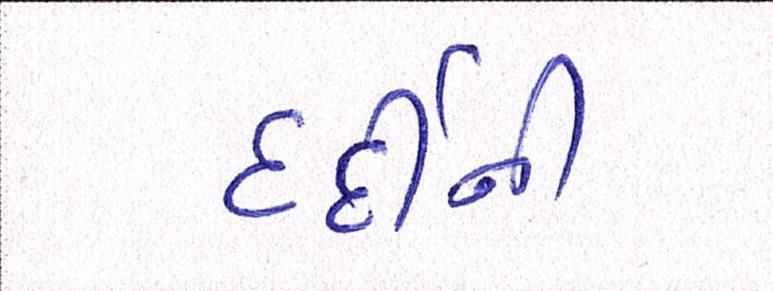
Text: દર્દીની